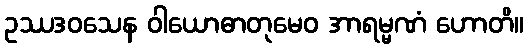
ဥဿဒဝသေန ဝါယောဓာတုမေဝ အာရမ္မဏံ ဟောတိ။